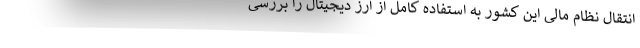
انتقال نظام مالی این کشور به استفاده کامل از ارز دیجیتال را بررسی